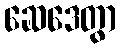
ဆေဒေတွာ